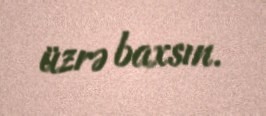
üzrə baxsın.